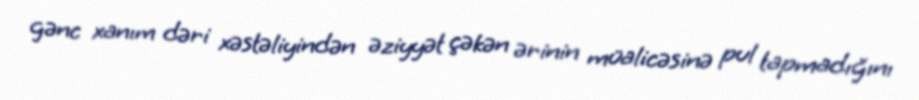
gənc xanım dəri xəstəliyindən əziyyət çəkən ərinin müalicəsinə pul tapmadığını